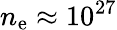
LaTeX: n_{\mathrm{e}}\approx10^{27}